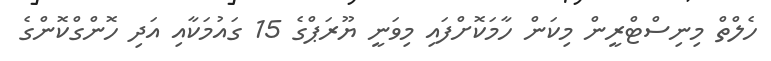
ހެލްތް މިނިސްޓްރީން މިކަން ހާމަކޮށްފައި މިވަނީ ޔޫރަޕްގެ 15 ގައުމަކާއި އަދި ހޮންގްކޮންގެ